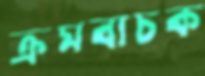
ক্রমবাচক